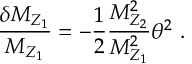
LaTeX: \frac { \delta M _ { Z _ { 1 } } } { M _ { Z _ { 1 } } } = - \frac { 1 } { 2 } \frac { M _ { Z _ { 2 } } ^ { 2 } } { M _ { Z _ { 1 } } ^ { 2 } } \theta ^ { 2 } \ .